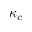
\kappa _ { c }